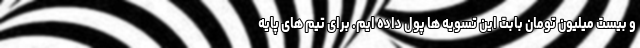
و بیست میلیون تومان بابت این تسویه ها پول داده ایم. برای تیم های پایه